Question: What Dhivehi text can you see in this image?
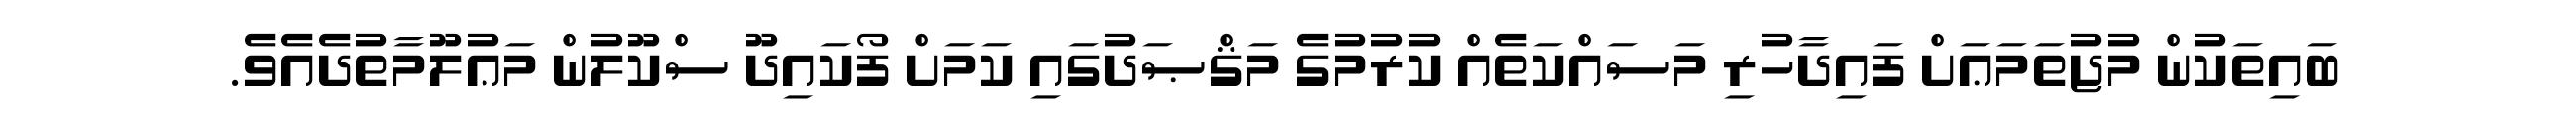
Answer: ބައިތަކުން މުޖުތަމަޢަށް ފައިދާހުރި މަސައްކަތެއް ކުރުމުގެ މަޤްޞަދުގައި ކަމަށް ފޯކައިދޫ ސްކޫލުން މަޢުލޫމާތުދެއެވެ.